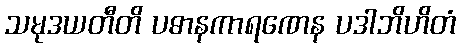
သမုဒယတီတိ ပဓာနကာရဏေန ပဒါဘိဟိတံ